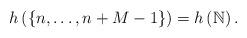
LaTeX: \begin{align*}h\left(\left\{ n,\dots,n+M-1\right\} \right)=h\left(\mathbb{N}\right).\end{align*}